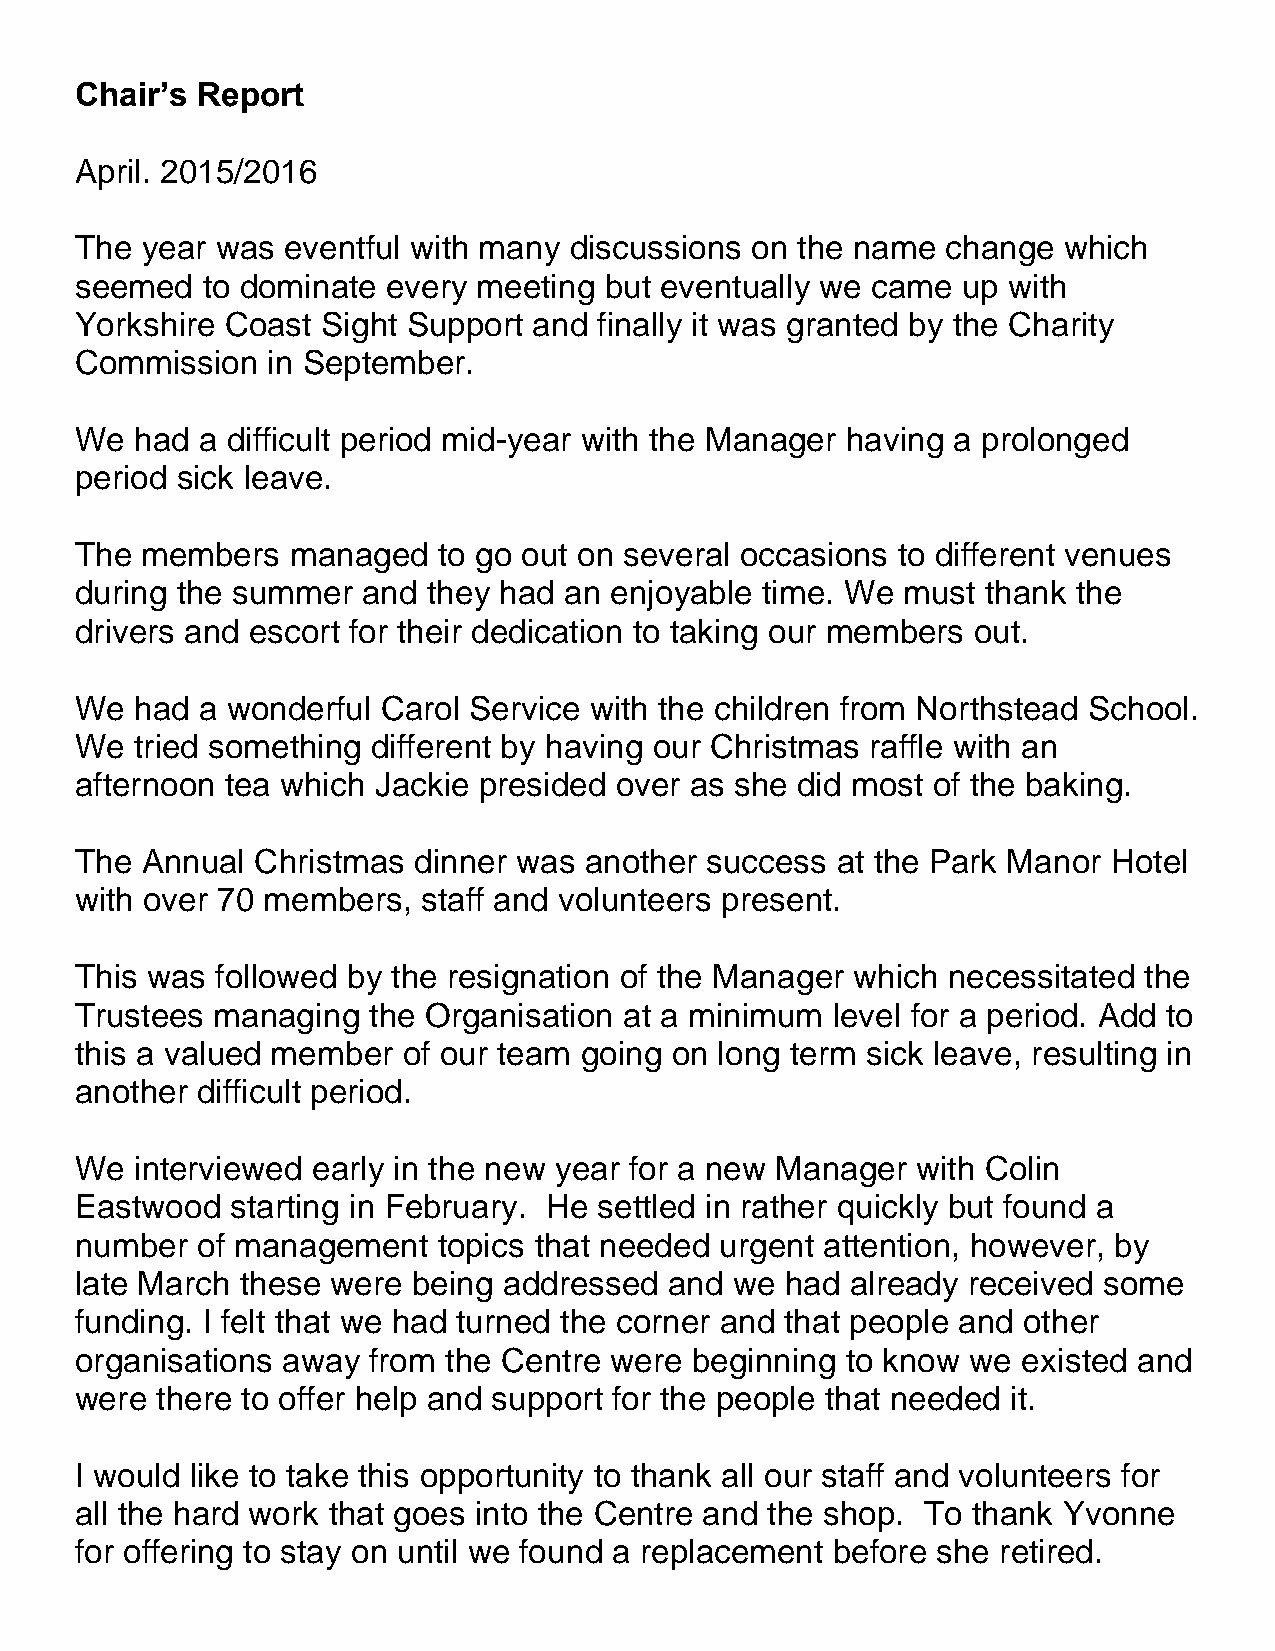
Chair’s Report
 April. 2015/2016
 The year was  eventful with many discussions on the name  change which
 seemed  to dominate  every meeting but eventually we came  up with
 Yorkshire Coast Sight Support and  finally it was granted by the Charity
 Commission   in September.
 We  had a difficult period mid-year with the Manager having a prolonged
 period sick leave.
 The members   managed   to go out on several occasions to different venues
 during the summer  and they had an enjoyable time. We  must thank the
 drivers and escort for their dedication to taking our members out.
 We  had a wonderful Carol Service with the children from Northstead School.
 We  tried something different by having our Christmas raffle with an
 afternoon tea which Jackie presided over as she did most of the baking.
 The Annual  Christmas dinner was  another success at the Park Manor  Hotel
 with over 70 members,  staff and volunteers present.
 This was followed by the resignation of the Manager which necessitated the
 Trustees managing  the Organisation at a minimum  level for a period. Add to
 this a valued member  of our team going on long term sick leave, resulting in
 another difficult period.
 We  interviewed early in the new year for a new Manager with Colin
 Eastwood  starting in February. He settled in rather quickly but found a
 number  of management   topics that needed urgent attention, however, by
 late March these were being addressed  and  we had already received some
 funding. I felt that we had turned the corner and that people and other
 organisations away from the Centre were  beginning to know we  existed and
 were there to offer help and support for the people that needed it.
 I would like to take this opportunity to thank all our staff and volunteers for
 all the hard work that goes into the Centre and the shop. To thank Yvonne
 for offering to stay on until we found a replacement before she retired.